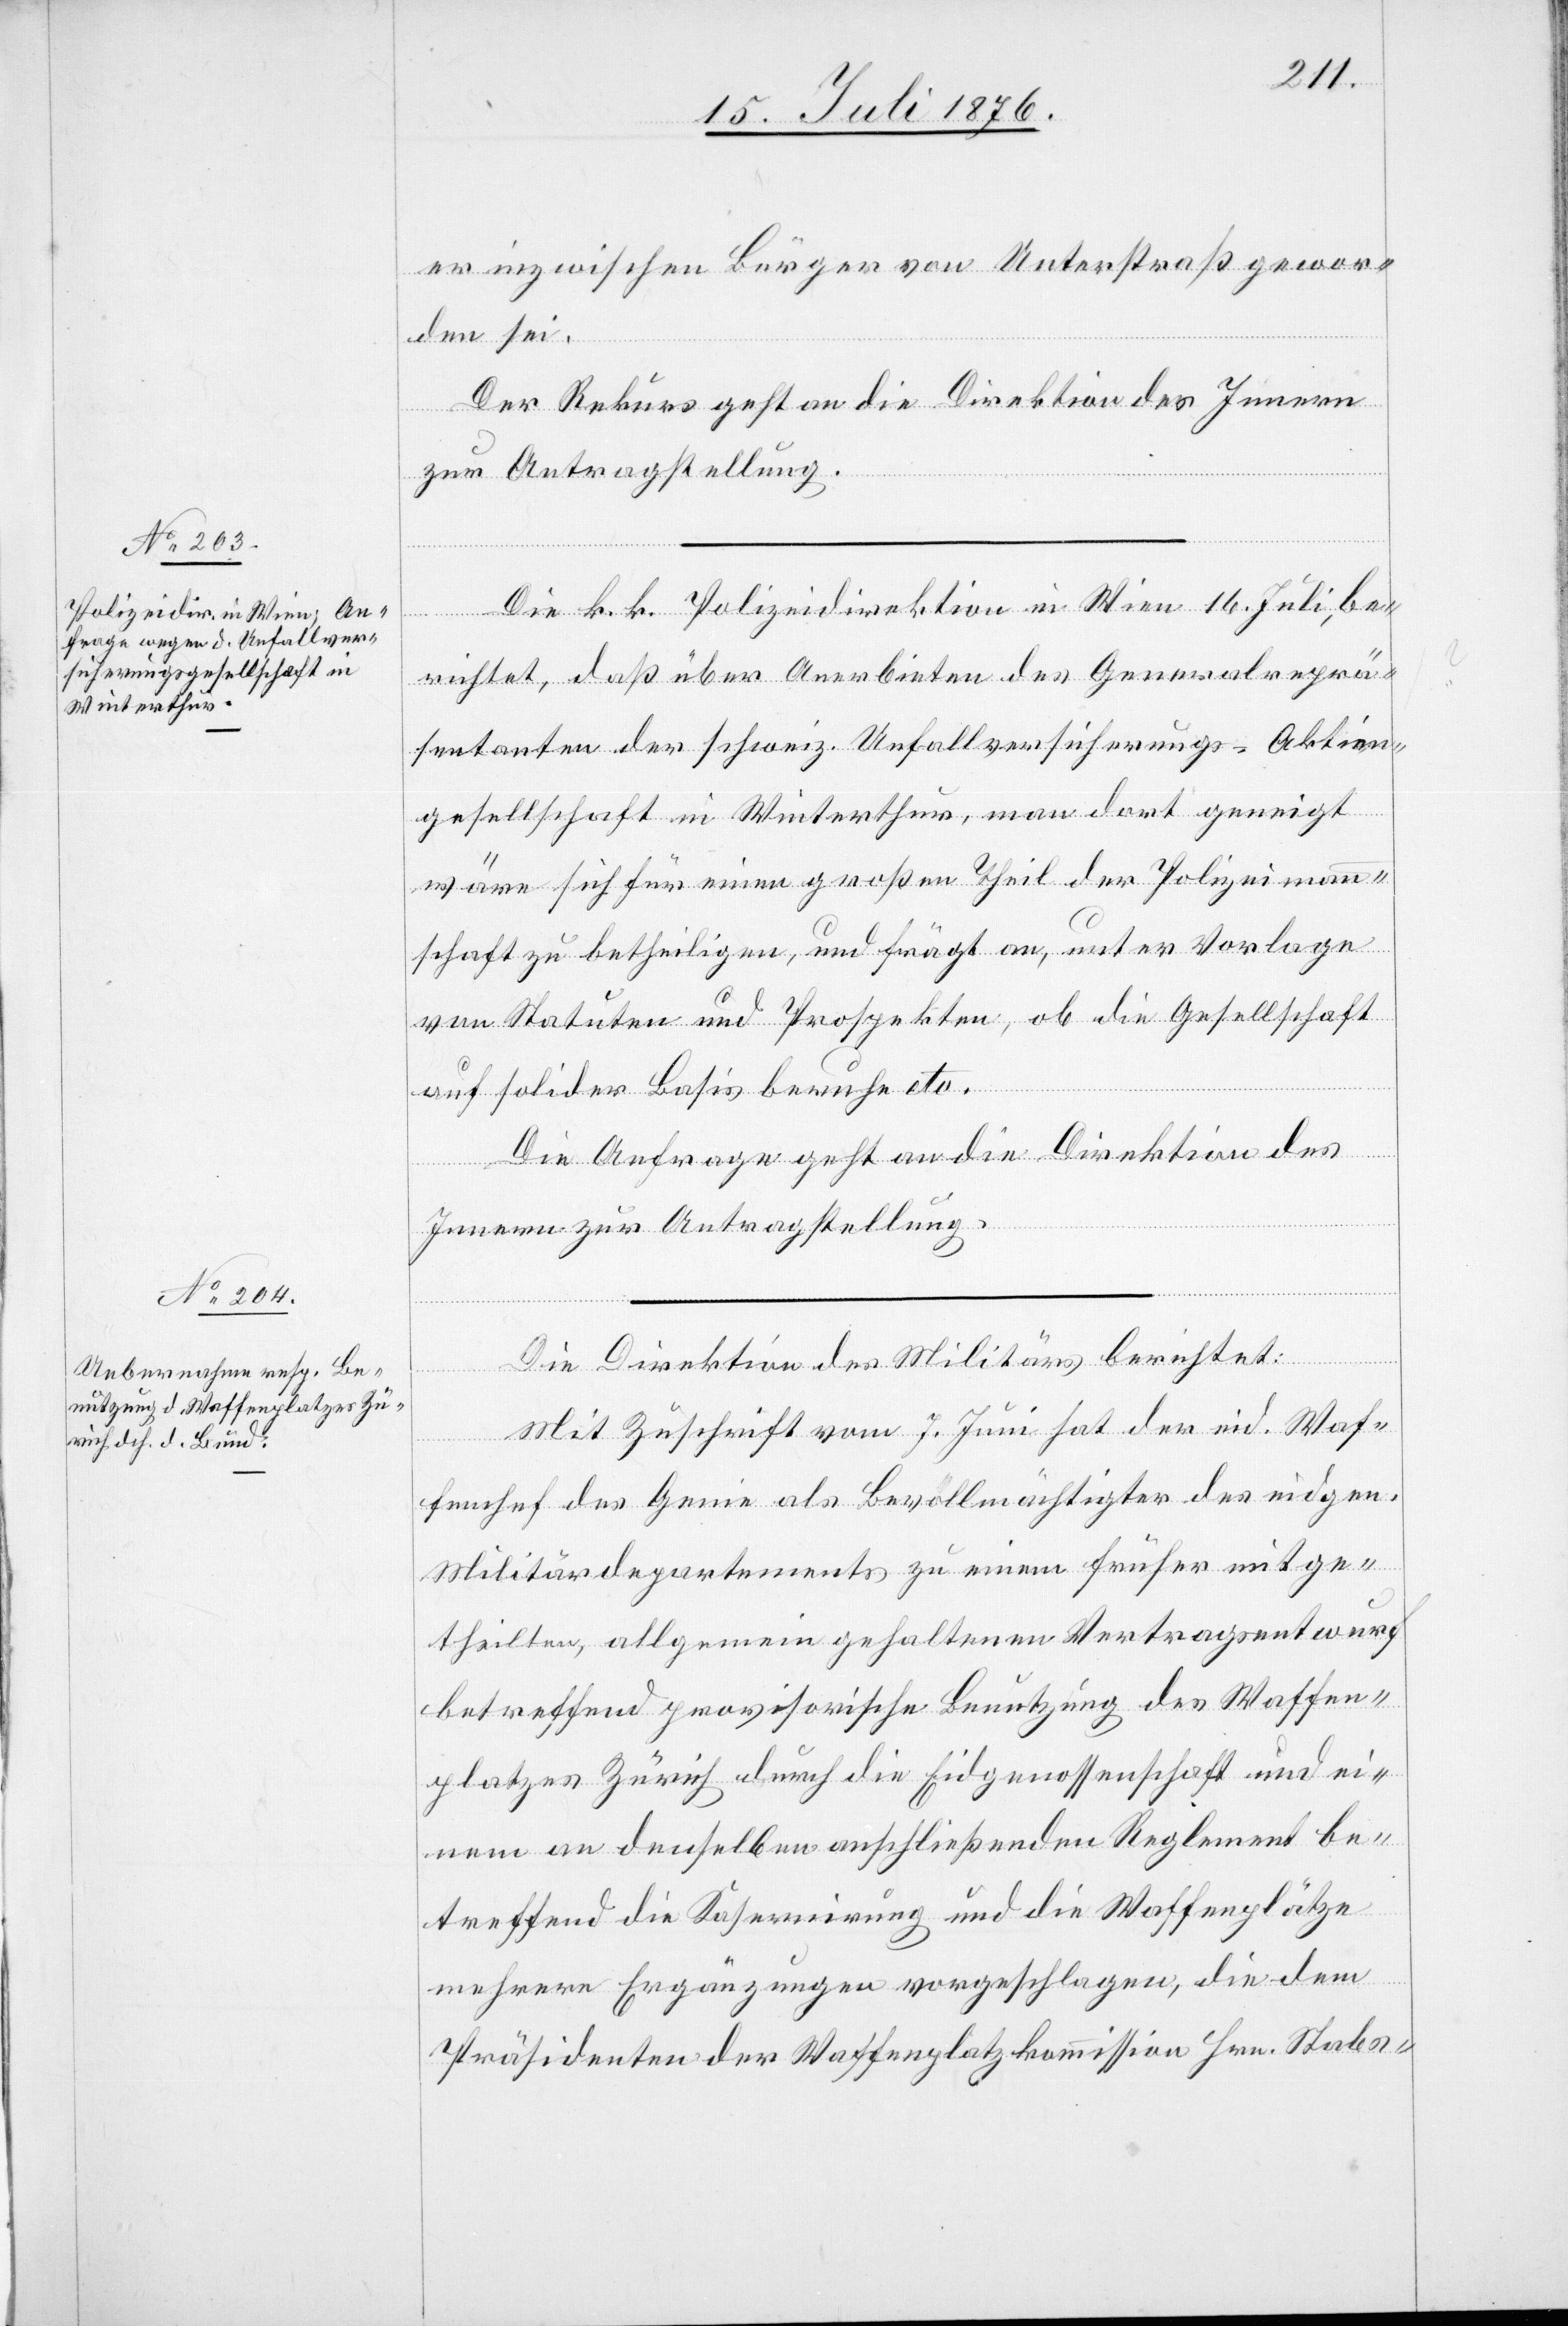
20. Juli 1876.]
er inzwischen Bürger von Unterstraß gewor¬
den sei.
Der Rekurs geht an die Direktion des Innern
zur Antragstellung.
Die k. k. Polizeidirektion in Wien 16. Juli, be¬
richtet, daß über Anerbieten des Generalreprä¬
sentanten der schweiz. Unfallversicherungs-Aktien¬
gesellschaft in Winterthur, man dort geneigt
wäre sich für einen großen Theil der Polizeimann¬
schaft zu betheiligen, und frägt an, unter Vorlage
von Statuten und Prospekten, ob die Gesellschaft
auf solider Basis beruhe etc.
Die Anfrage geht an die Direktion des
Innern zur Antragstellung.
Die Direktion des Militärs berichtet:
Mit Zuschrift vom 7. Juni hat der eid. Waf¬
fenchef des Genie als Bevollmächtigter des eidgen.
Militärdepartements zu einem früher mitge¬
theilten, allgemein gehaltenen Vertragsentwurf
betreffend provisorische Benutzung des Waffen¬
platzes Zürich durch die Eidgenossenschaft und ei¬
nem an denselben anschließenden Reglement be¬
treffend die Kasernirung und die Waffenplätze
mehrere Ergänzungen vorgeschlagen, die dem
Präsidenten der Waffenplatzkommission Hrn. Stabs-